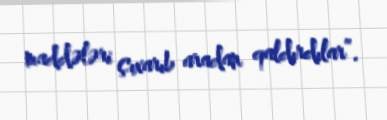
maddələri çıxarıb aradan qaldırdılar”.